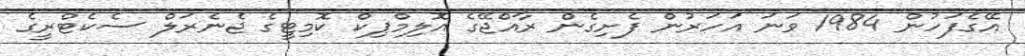
އޭގެފަހުން 1984 ވަނަ އަހަރުން ފެށިގެން ރާއްޖޭގެ އޮލިމްޕިކް ކޮމިޓީގެ ޖެނެރަލް ސެކެޓްރީގެ